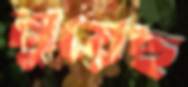
নুয়েছ